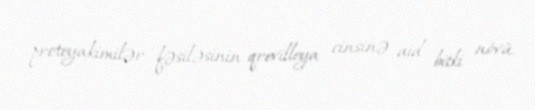
proteyakimilər fəsiləsinin qrevilleya cinsinə aid bitki növü.